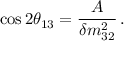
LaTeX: \cos 2 \theta _ { 1 3 } = \frac { A } { \delta m _ { 3 2 } ^ { 2 } } \, .